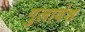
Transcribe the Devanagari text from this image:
गुलावंश